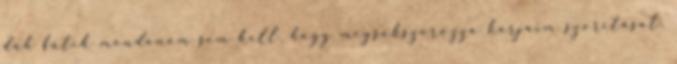
düh fűtik mondanom sem kell, hogy megsokszorozza karjaim szorítását.